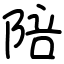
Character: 陪